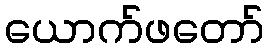
ယောက်ဖတော်